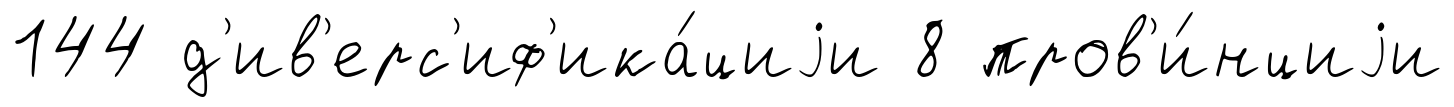
144 д'ив'ерс'иф'ика́циjи 8 пров'и́нциjи